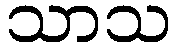
သာသ